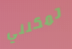
تمكنني